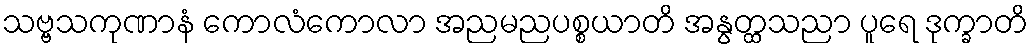
သဗ္ဗသကုဏာနံ ကောလံကောလာ အညမညပစ္စယာတိ အနွတ္ထသညာ ပူရေ ဒုက္ခာတိ